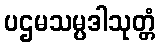
ပဌမသမ္ပဒါသုတ္တံ